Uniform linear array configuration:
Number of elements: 4
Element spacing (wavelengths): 0.5
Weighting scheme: kaiser
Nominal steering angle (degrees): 30
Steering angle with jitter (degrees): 31.805
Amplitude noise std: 0.05
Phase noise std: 0.05

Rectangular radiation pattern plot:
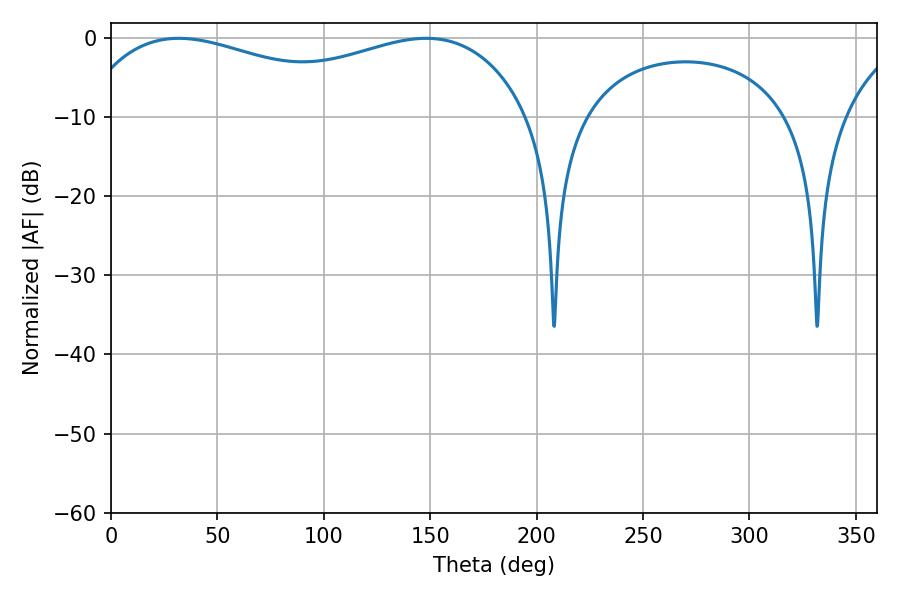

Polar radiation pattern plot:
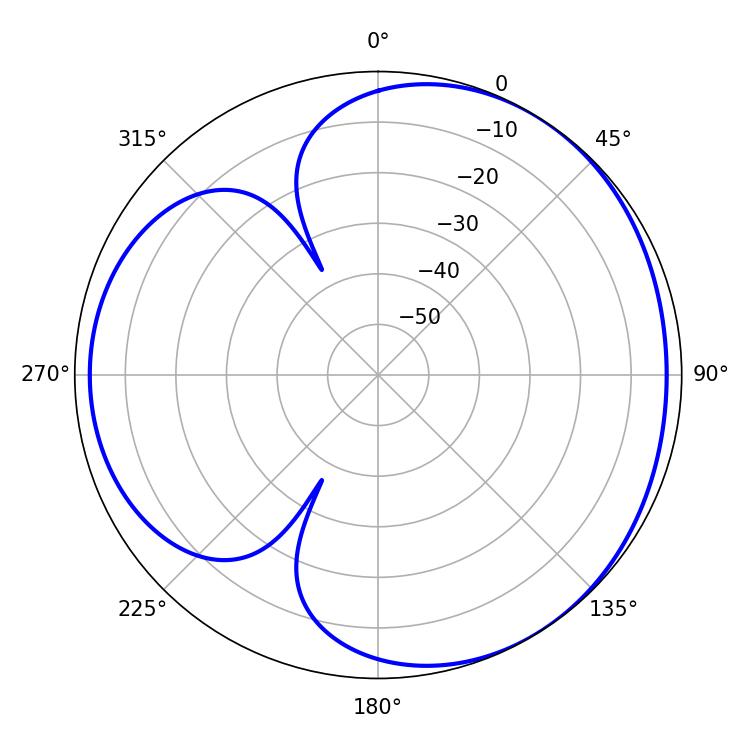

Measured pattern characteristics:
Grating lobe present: FALSE
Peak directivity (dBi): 3.493
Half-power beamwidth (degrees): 173.88
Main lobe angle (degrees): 31.86